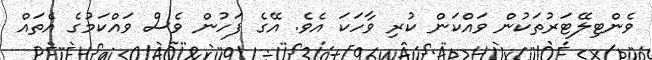
ވެންޓިލޭޓަރުތަކުން ވައްކަން ކުރި ވާހަކަ އެވެ. އޭގެ ފަހުން ވެސް ވައްކަމުގެ އެތައް